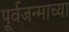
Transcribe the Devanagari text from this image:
पूर्वजन्माच्या